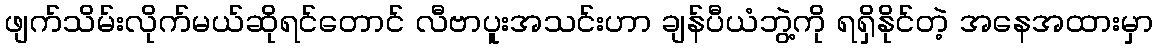
ဖျက်သိမ်းလိုက်မယ်ဆိုရင်တောင် လီဗာပူးအသင်းဟာ ချန်ပီယံဘွဲ့ကို ရရှိနိုင်တဲ့ အနေအထားမှာ